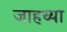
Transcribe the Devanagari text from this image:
जाहच्या